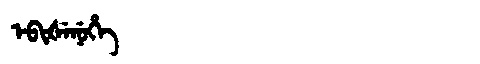
Manchu: ᡝᠪᡳᡧᡝᠨᡠᡥᡝ
Romanization: EBIŠENUHE